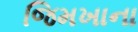
જિમખાના